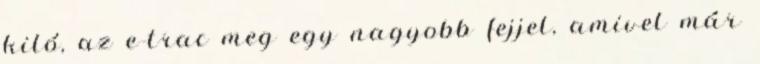
kiló, az e-trac meg egy nagyobb fejjel, amivel már